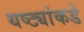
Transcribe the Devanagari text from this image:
यष्ट्यांकडे